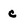
Character: c